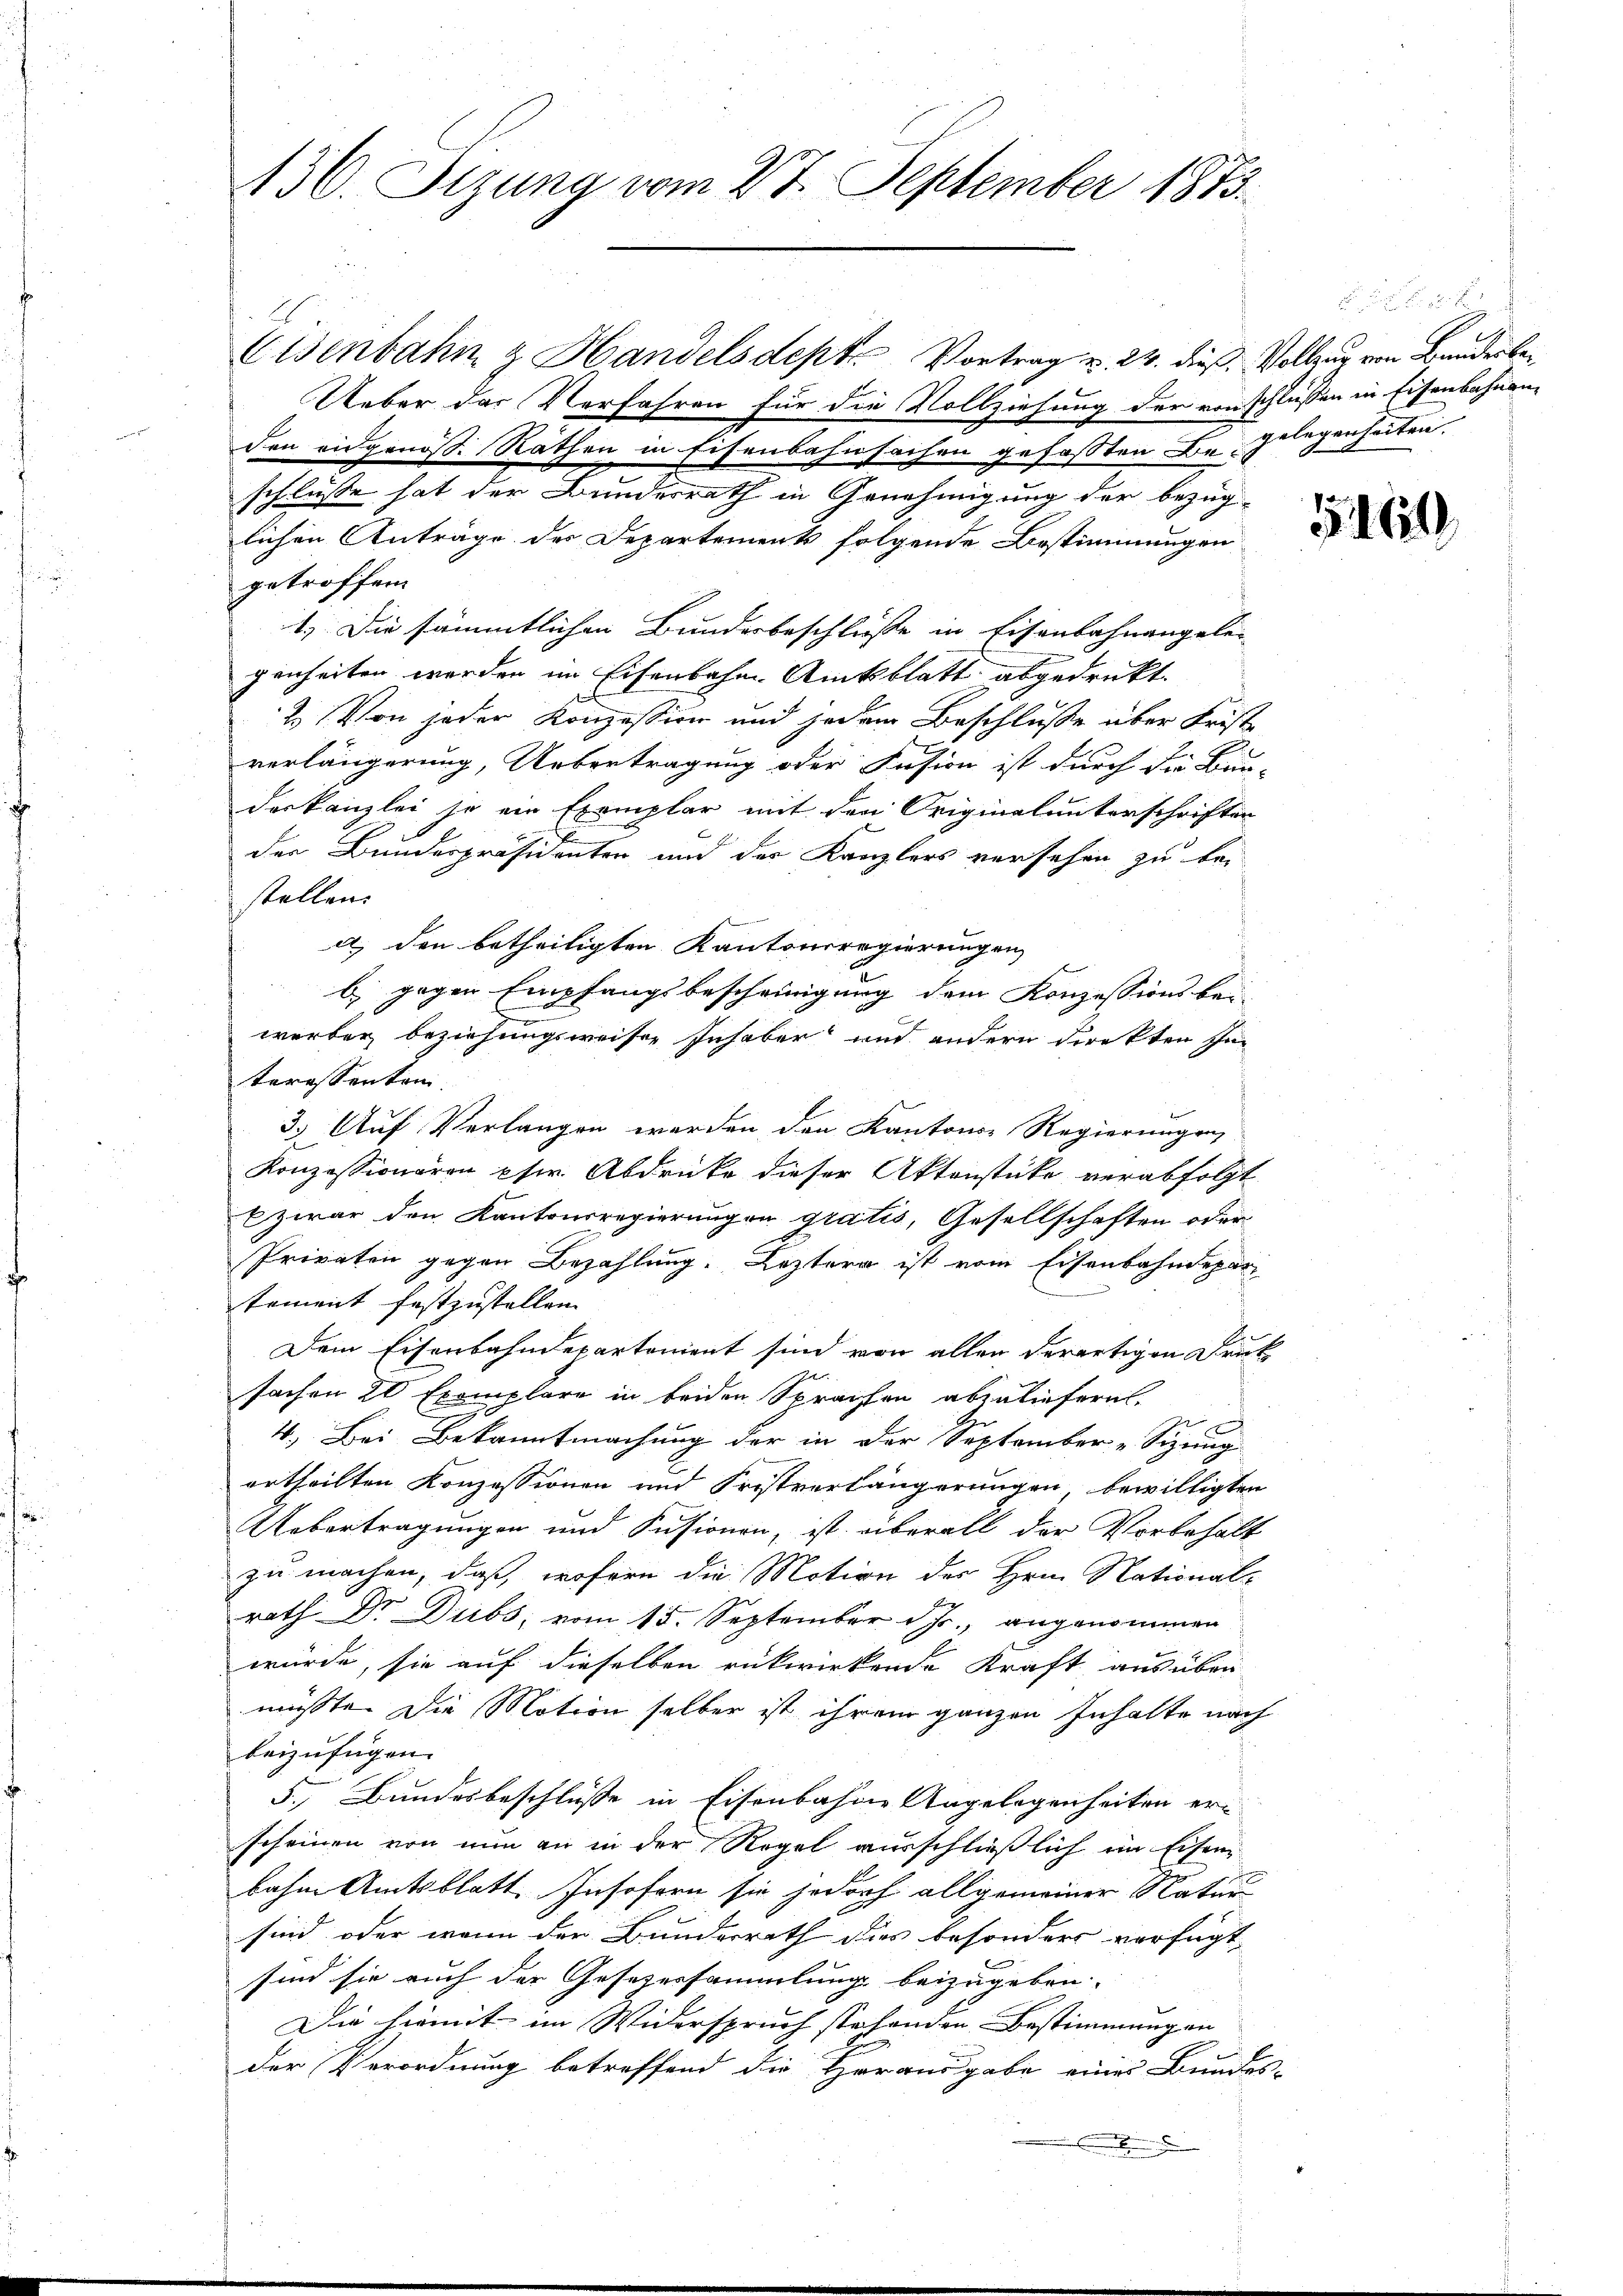
136. Sizung vom 27. September 1873.

Eisenbahn & Handelsdept Vortrag u. 24. dieß, Vollzug von Bunderber
Ueber das Verfahren für die Vollziehung der von schließen in Eisenbahnen
den eidgenöß. Räthen in Eisenbahnfachen gefaßten Begelegenheiten.
schlüsse hat der Bundesrath in Genehmigung der bezüg-
lichen Anträge des Departement folgende Bestimmungen
getroffen
1.) Die sämmtlichen Bundesbeschlüsse in Eisenbahnangele-
genheiten werden im Eisenbahn-Amtsblatt abgedruckt.
2.) Von jeder Konzession und jedem Beschlusse über Frist
verlängerung, Uebertragung oder Pension ist durch die Bau-
deskanzlei so ein Exemplar mit den Originalunterschriften
der Bundespräsidenten und der Kanzlers versehen zu bestellen.
a) den betheiligten Kantonsregierungen
b) gegen Empfangsbescheinigung dem Konzessionsbei
werben beziehungsweisen Inhaber und andern direkten In-
teressenten.
3.) Auf Verlangen werden den Kantons Regierungen
Konzessionaren pfer Abdrücke dieser Aktenstücke verabfolgt
Ezwar den Kantonsregierungen gratis, Gesellschaften oder
Privaten gegen Bezahlung. Leztern ist vom Eisenbahndepar
tement festzustellen.
Dem Eisenbahndepartement sind von allen derartigen Druck
sachen 20 Exemplare in beiden Sprachen abzuliefern.
4.) Bei Bekanntmachung der in der September-Sizung
ertheilten Konzessionen und Fristverlängerungen, bewilligten
Uebertragungen und Fusionen, ist überall der Vorbehalt
zu machen, daß, wofern die Motion des Hrn. National-
rath Dr. Dubs, vom 15. September d. Js., angenommen
würde, sie auf dieselben rükwirkende Kraft ausüben
müsste. Die Motion selber ist ihrem ganzen Inhalte nach
beizufügen.
5., Bundesbeschlüsse in Eisenbahne Angelegenheiten er-
scheinen von nun an in der Regel ausschließlich im Eisen
bahne Amtsblatt Insofern sie jedorf allgemeiner Natur
sind, oder wenn der Bundesrath dies besonders verfügt
sind sie auch der Gesezersammlung beizugeben.
Die hiemit im Widerspruch stehenden Bestimmungen |
der Verordnung betreffend die Herausgabe einer Bundes-
.

51620